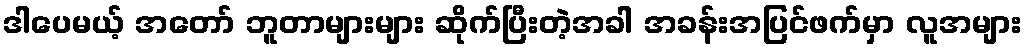
ဒါပေမယ့် အတော် ဘူတာများများ ဆိုက်ပြီးတဲ့အခါ အခန်းအပြင်ဖက်မှာ လူအများ